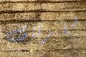
للزفاف